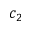
c _ { 2 }